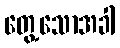
တွေ့သောအခါ